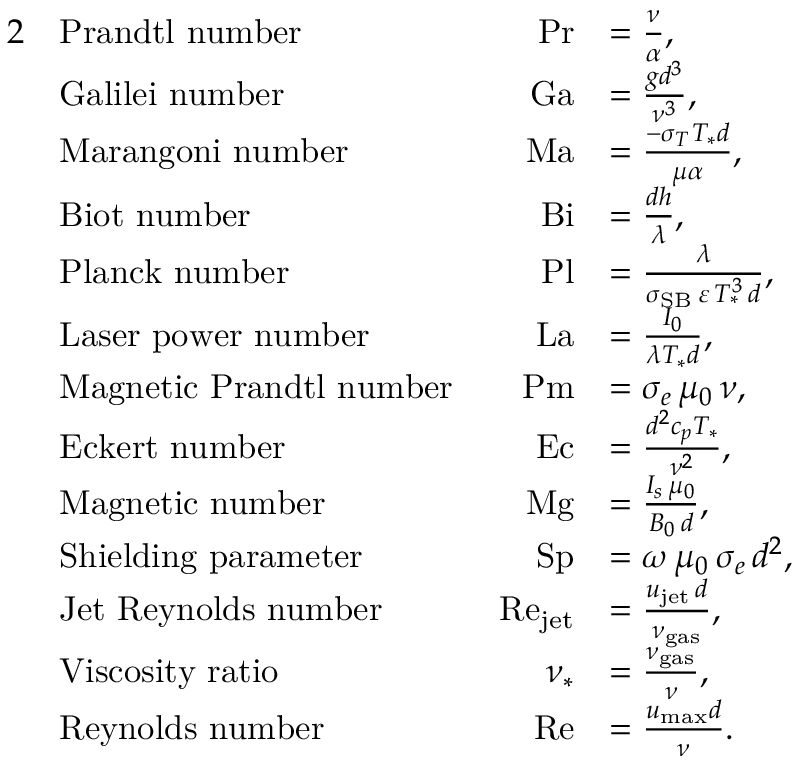
\begin{array} { r l r l } { { 2 } } & { \mathrm { P r a n d t l ~ n u m b e r } } & { \, \, \operatorname* { P r } } & { = \frac { \nu } { \alpha } , } \\ & { \mathrm { G a l i l e i ~ n u m b e r } } & { \, \, \mathrm { G a } } & { = \frac { g d ^ { 3 } } { \nu ^ { 3 } } , } \\ & { \mathrm { M a r a n g o n i ~ n u m b e r } } & { \, \, \mathrm { M a } } & { = \frac { - \sigma _ { T } T _ { \ast } d } { \mu \alpha } , } \\ & { \mathrm { B i o t ~ n u m b e r } } & { \, \, \mathrm { B i } } & { = \frac { d h } { \lambda } , } \\ & { \mathrm { P l a n c k ~ n u m b e r } } & { \, \, \mathrm { P l } } & { = \frac { \lambda } { \sigma _ { \mathrm { S B } } \, \varepsilon \, T _ { \ast } ^ { 3 } \, d } , } \\ & { \mathrm { L a s e r ~ p o w e r ~ n u m b e r } } & { \, \, \mathrm { L a } } & { = \frac { I _ { 0 } } { \lambda T _ { \ast } d } , } \\ & { \mathrm { M a g n e t i c ~ P r a n d t l ~ n u m b e r } } & { \, \, \mathrm { P m } } & { = \sigma _ { e } \, \mu _ { 0 } \, \nu , } \\ & { \mathrm { E c k e r t ~ n u m b e r } } & { \, \, \mathrm { E c } } & { = \frac { d ^ { 2 } c _ { p } T _ { \ast } } { \nu ^ { 2 } } , } \\ & { \mathrm { M a g n e t i c ~ n u m b e r } } & { \, \, \mathrm { M g } } & { = \frac { I _ { s } \, \mu _ { 0 } } { B _ { 0 } \, d } , } \\ & { \mathrm { S h i e l d i n g ~ p a r a m e t e r } } & { \, \, \mathrm { S p } } & { = \omega \, \mu _ { 0 } \, \sigma _ { e } \, d ^ { 2 } , } \\ & { \mathrm { J e t ~ R e y n o l d s ~ n u m b e r } } & { \, \, \mathrm { R e } _ { \mathrm { j e t } } } & { = \frac { u _ { \mathrm { j e t } } \, d } { \nu _ { \mathrm { g a s } } } , } \\ & { \mathrm { V i s c o s i t y ~ r a t i o } } & { \, \, \nu _ { \ast } } & { = \frac { \nu _ { \mathrm { g a s } } } { \nu } , } \\ & { \mathrm { R e y n o l d s ~ n u m b e r } } & { \, \, \mathrm { R e } } & { = \frac { u _ { \mathrm { m a x } } d } { \nu } . } \end{array}